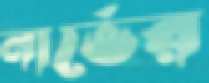
নার্ভের